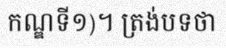
កណ្ឌទី១)។ ត្រង់បទថា